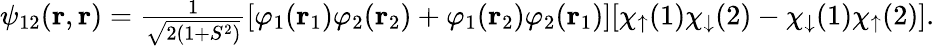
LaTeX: \begin{array}{r}{\psi_{12}(\textbf{r},\textbf{r})=\frac{1}{\sqrt{2(1+S^{2})}}[\varphi_{1}(\textbf{r}_{1})\varphi_{2}(\textbf{r}_{2})+\varphi_{1}(\textbf{r}_{2})\varphi_{2}(\textbf{r}_{1})][\chi_{\uparrow}(1)\chi_{\downarrow}(2)-\chi_{\downarrow}(1)\chi_{\uparrow}(2)].}\end{array}